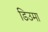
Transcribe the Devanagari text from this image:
डिउमा